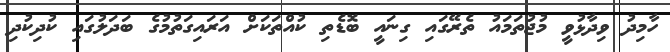
ހާމިދު ވިދާޅުވީ މުޖުތަމައު ތެރޭގައި ގިނައީ ބޮޑެތި ކުއްތަކަށް އަރައިގަތުމުގެ ބަދަލުގައި ކުދިކުދި